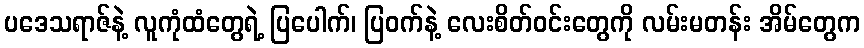
ပဒေသရာဇ်နဲ့ လူကုံထံတွေရဲ့ ပြပေါက်၊ ပြဝက်နဲ့ လေးစိတ်ဝင်းတွေကို လမ်းမတန်း အိမ်တွေက